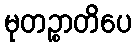
မုတဉ္စာတိပေ